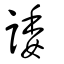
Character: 諉